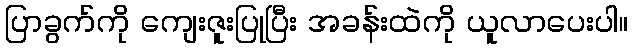
ပြာခွက်ကို ကျေးဇူးပြုပြီး အခန်းထဲကို ယူလာပေးပါ။